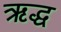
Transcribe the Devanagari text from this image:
ऋद्ध